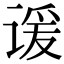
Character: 谖